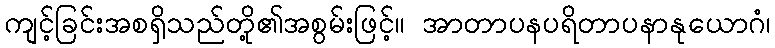
ကျင့်ခြင်းအစရှိသည်တို့၏အစွမ်းဖြင့်။ အာတာပနပရိတာပနာနုယောဂံ၊